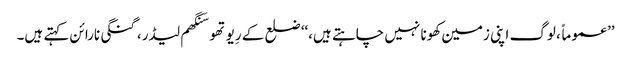
’’عموماً، لوگ اپنی زمین کھونا نہیں چاہتے ہیں،‘‘ ضلع کے رِیوتھو سَنگھم لیڈر، گنگی نارائن کہتے ہیں۔